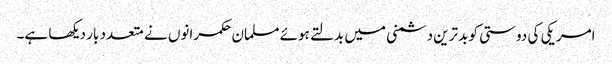
امریکی کی دوستی کو بدترین دشمنی میں بدلتے ہوئے مسلمان حکمرانوں نے متعدد بار دیکھا ہے۔